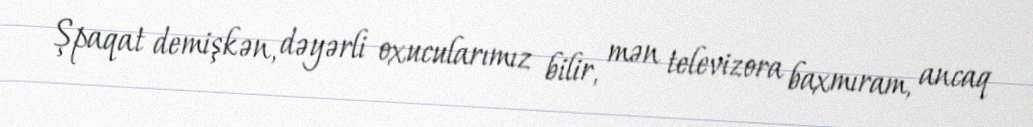
Şpaqat demişkən, dəyərli oxucularımız bilir, mən televizora baxmıram, ancaq